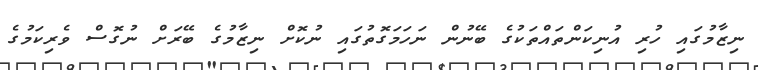
ނިޒާމުގައި ހުރި އުނިކަންތައްތަކުގެ ބޭނުން ނަހަމަގޮތުގައި ނުކޮށް ނިޒާމުގެ ބޭރަށް ނުގޮސް ވެރިކަމުގެ